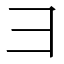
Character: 𫜹